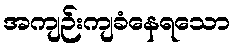
အကျဉ်းကျခံနေရသော